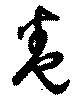
巻